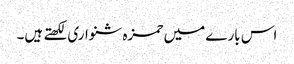
اس بارے میں حمزہ شنواری لکھتے ہیں۔